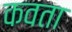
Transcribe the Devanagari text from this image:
कवता